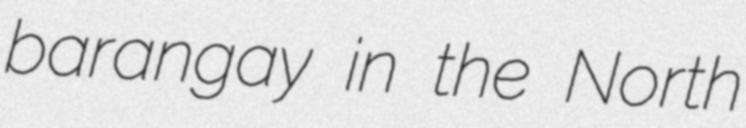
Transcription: barangay in the North